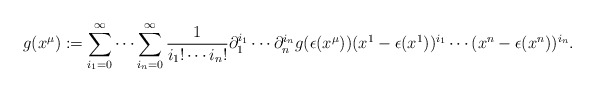
\begin{align*}g(x^{\mu}):=\sum_{i_1=0}^{\infty}\cdots\sum_{i_n=0}^{\infty}\frac{1}{i_1!\cdots i_n!}\partial_1^{i_1}\cdots \partial_n^{i_n}g(\epsilon(x^{\mu})) (x^1-\epsilon(x^1))^{i_1}\cdots(x^n-\epsilon(x^n))^{i_n}.\end{align*}